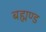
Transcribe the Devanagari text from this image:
बह्मण्ड